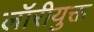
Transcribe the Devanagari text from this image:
लॉरीयुक्त